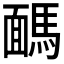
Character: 𩤤